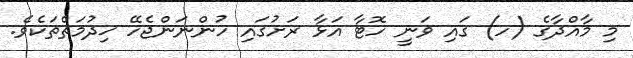
މި މާއްދާގެ (ހ) ގައި ވަނީ ހޮޓާ އަޅާ ރަށުގައި ހުންނަންޖެހޭ ޚިދުމަތްތަކެވެ.